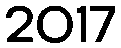
2017